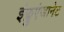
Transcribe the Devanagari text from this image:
इंफ्लुएंजानेट